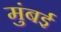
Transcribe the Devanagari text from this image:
मुंंबई